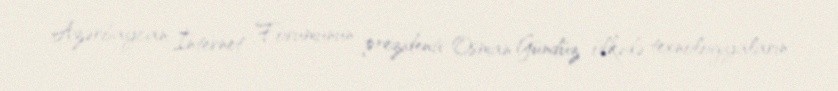
Azərbaycan İnternet Forumunun prezidenti Osman Gündüz ölkədə texnologiyaların